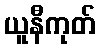
ယူနီကုတ်